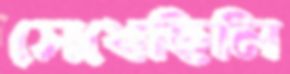
সেধেছিলি